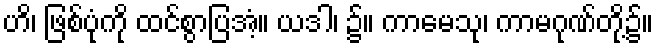
ဟိ၊ ဖြစ်ပုံကို ထင်စွာပြအံ့။ ယဒါ၊ ၌။ ကာမေသု၊ ကာမဂုဏ်တို့၌။